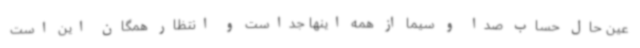
عین حال حساب صدا و سیما از همه اینها جداست و انتظار همگان این است